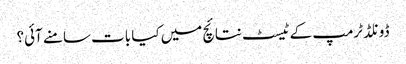
ڈونلڈ ٹرمپ کے ٹیسٹ نتائچ میں کیا بات سامنے آئی؟